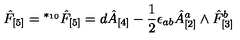
\hat { F } _ { [ 5 ] } = { } ^ { * _ { 1 0 } } \hat { F } _ { [ 5 ] } = d \hat { A } _ { [ 4 ] } - \frac 1 2 \epsilon _ { a b } \hat { A } _ { [ 2 ] } ^ { a } \wedge \hat { F } _ { [ 3 ] } ^ { b }